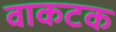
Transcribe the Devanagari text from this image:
वाकटक